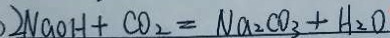
2 N a O H + C O _ { 2 } = N a _ { 2 } C O _ { 3 } + H _ { 2 } O